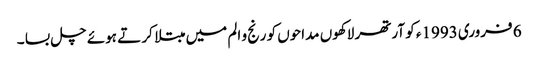
6 فروری 1993ء کو آرتھر لاکھوں مداحوں کو رنج و الم میں مبتلا کر تے ہوئے چل بسا ۔